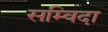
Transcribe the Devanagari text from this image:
सम्विदा